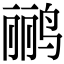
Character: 鹂